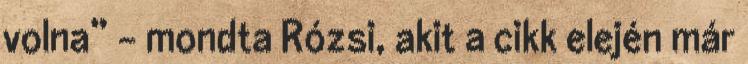
volna” – mondta Rózsi, akit a cikk elején már